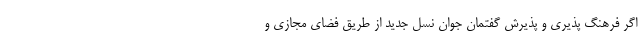
اگر فرهنگ پذیری و پذیرش گفتمان جوان نسل جدید از طریق فضای مجازی و